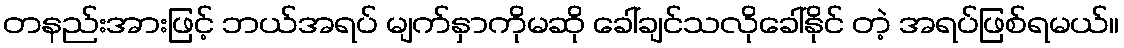
တနည်းအားဖြင့် ဘယ်အရပ် မျက်နှာကိုမဆို ခေါ်ချင်သလိုခေါ်နိုင် တဲ့ အရပ်ဖြစ်ရမယ်။